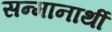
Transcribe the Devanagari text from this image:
सन्मानार्थी